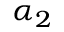
\alpha _ { 2 }